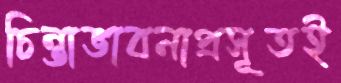
চিন্তাভাবনাপ্রসূতই